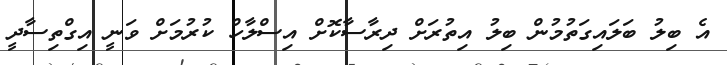
އެ ބިލު ބަލައިގަތުމުން ބިލު އިތުރަށް ދިރާސާކޮށް އިސްލާހް ކުރުމަށް ވަނީ އިގްތިސާދީ